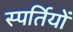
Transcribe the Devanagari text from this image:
स्पर्तियों